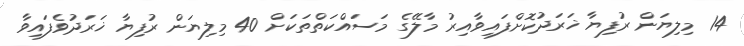
14 މިލިޔަން ރުފިޔާ ޚަރަދުކޮށްފައިވާއިރު މާލޭގެ މަސައްކަތްތަކަށް 40 މިލިޔަން ރުފިޔާ ޚަރަދުވެފައިވާ